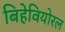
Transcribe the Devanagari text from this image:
बिहेवियोरल